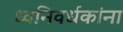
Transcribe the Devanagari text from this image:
ध्वनिवर्धकांना